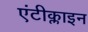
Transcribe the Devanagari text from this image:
एंटीक्लाइन